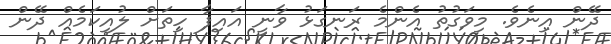
ދޭން އިނެވެ. މިވަގުތު އެންމެ ރަނގަޅު ވާނީ އައިފާ ހިތަށް ލުއިކަމެއް ދޭން